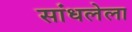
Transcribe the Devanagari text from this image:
सांधलेला